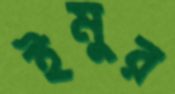
ইমুর